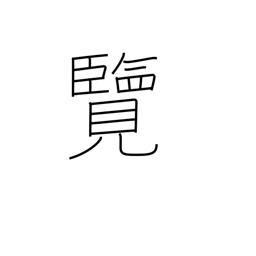
Meaning: inspect